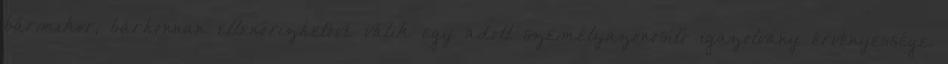
bármikor, bárhonnan ellenőrizhetővé válik egy adott személyazonosító igazolvány érvényessége.